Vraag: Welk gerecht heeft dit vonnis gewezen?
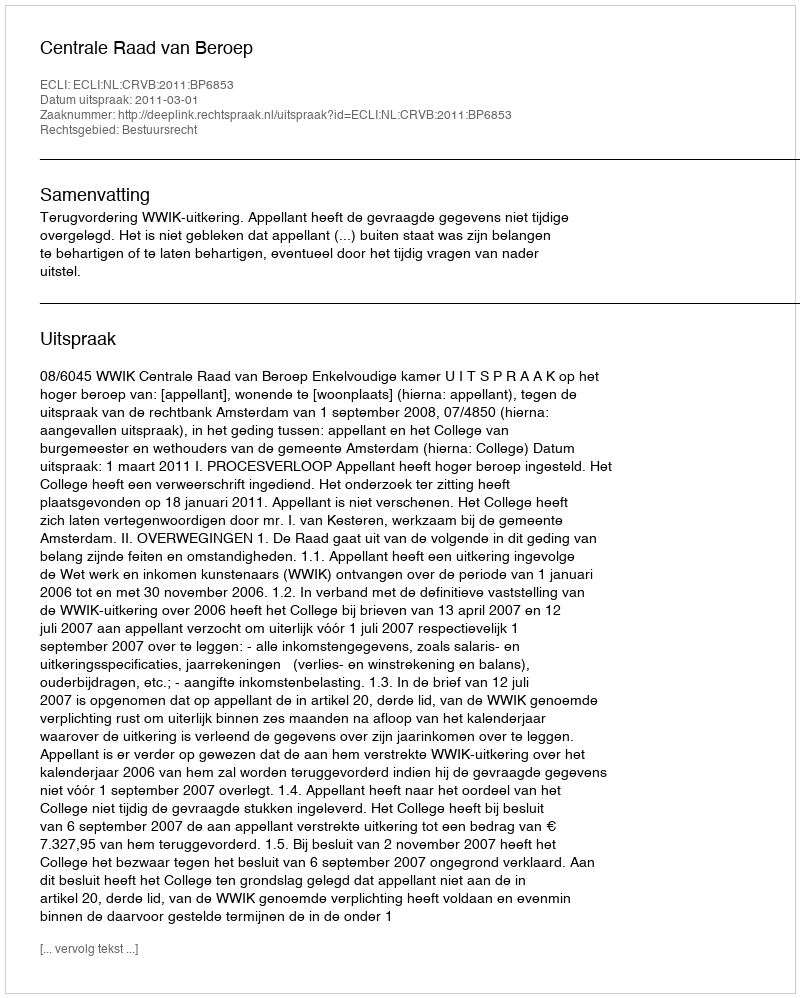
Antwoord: Centrale Raad van Beroep